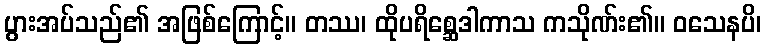
ပွားအပ်သည်၏ အဖြစ်ကြောင့်။ တဿ၊ ထိုပရိစ္ဆေဒါကာသ ကသိုဏ်း၏။ ဝသေနပိ၊